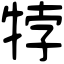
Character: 㹀